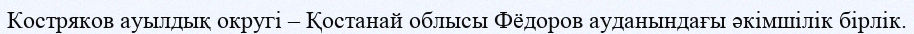
Костряков ауылдық округі – Қостанай облысы Фёдоров ауданындағы әкімшілік бірлік.